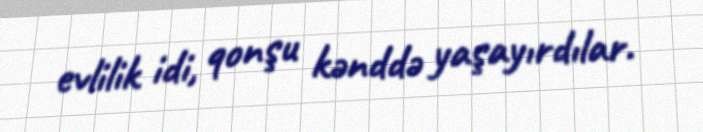
evlilik idi, qonşu kənddə yaşayırdılar.